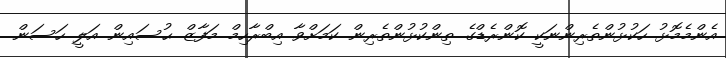
އެންމެމޮޅު ހަކުޅުންތެރިންނަކީ ކޮންރެޑްގެ ތިންކުޅުންތެރިން ކަމަށްވާ އިބްރާހިމް މަފާޒް ޙުސައިން އަލީ ހަސަން